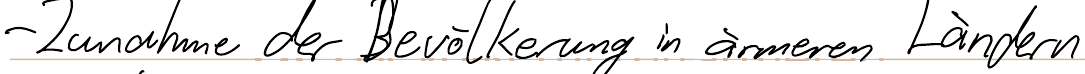
- Zunahme der Bevölkerung in ärmeren Ländern